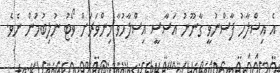
އެ އިސްލާހު ފާސްނުވީ ގާނޫނު އަސާސީ އިސްލާހުވާ މިންވަރަށް ވޯޓު ނުލިބުމުން ނެވެ.